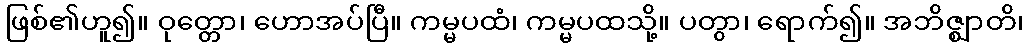
ဖြစ်၏ဟူ၍။ ဝုတ္တော၊ ဟောအပ်ပြီ။ ကမ္မပထံ၊ ကမ္မပထသို့။ ပတွာ၊ ရောက်၍။ အဘိဇ္ဈာတိ၊